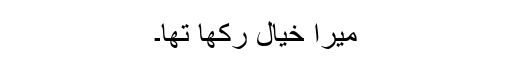
میرا خیال رکھا تھا۔